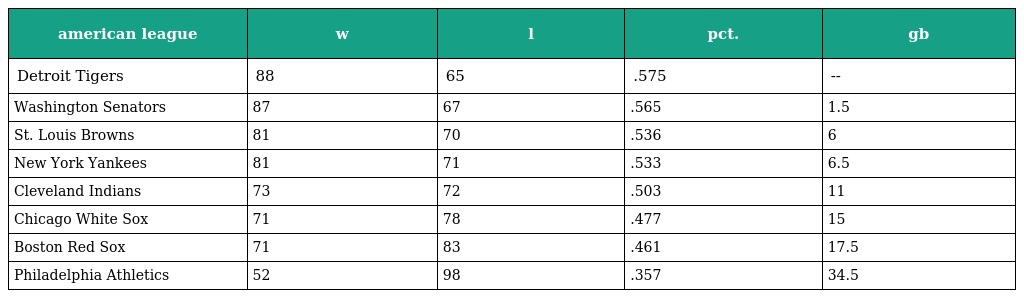
| american league | w | l | pct. | gb |
 | --- | --- | --- | --- | --- |
 | Detroit Tigers | 88 | 65 | .575 | -- |
 | Washington Senators | 87 | 67 | .565 | 1.5 |
 | St. Louis Browns | 81 | 70 | .536 | 6 |
 | New York Yankees | 81 | 71 | .533 | 6.5 |
 | Cleveland Indians | 73 | 72 | .503 | 11 |
 | Chicago White Sox | 71 | 78 | .477 | 15 |
 | Boston Red Sox | 71 | 83 | .461 | 17.5 |
 | Philadelphia Athletics | 52 | 98 | .357 | 34.5 |